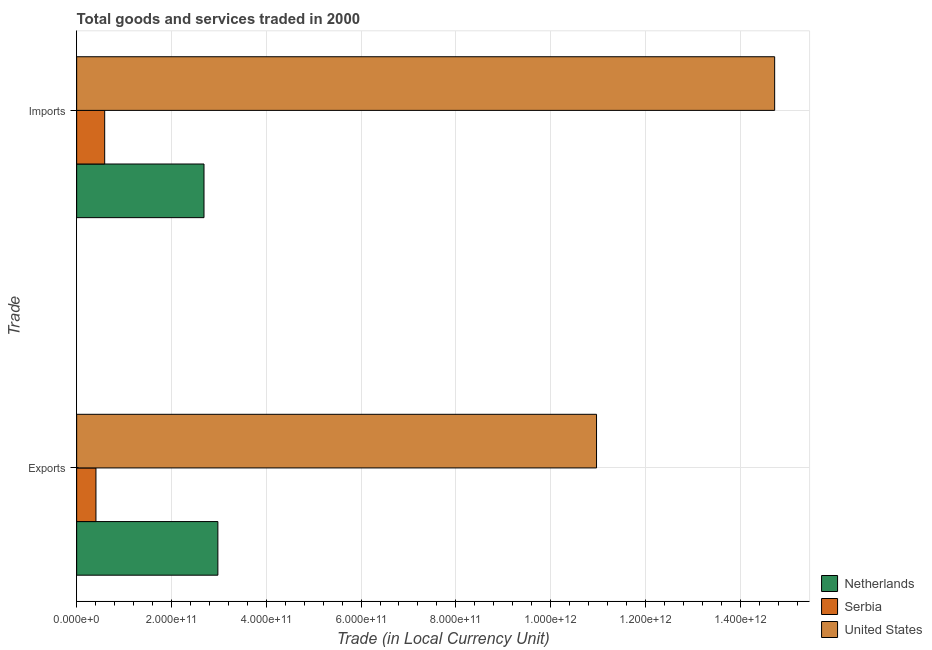
| Trade | Netherlands | Serbia | United States |
 | --- | --- | --- | --- |
 | Exports | 2.98e+11 | 4.07e+10 | 1.1e+12 |
 | Imports | 2.69e+11 | 5.91e+10 | 1.47e+12 |